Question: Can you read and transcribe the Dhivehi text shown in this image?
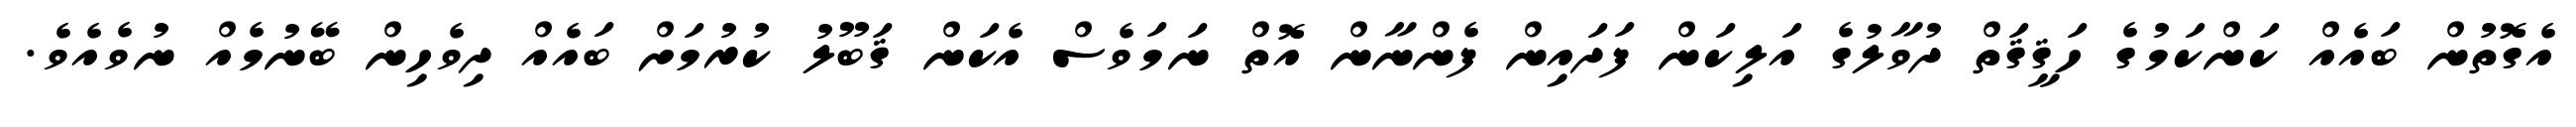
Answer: އެގޮތުން ބައެއް ކަންކަމުގެ ހަޤީޤަތް ދުވާލުގެ އަލިކަން ފަދައިން ފެންނާން އޮތް ނަމަވެސް އެކަން ޤަބޫލު ކުރުމަށް ބައެއް ދިވެހިން ބޭނުމެއް ނުވެއެވެ.